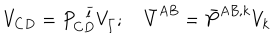
V _ { C D } = P _ { C D } ^ { \ \ \bar { l } } V _ { \bar { l } } ; \quad \bar { V } ^ { A B } = \bar { P } ^ { A B , k } V _ { k }